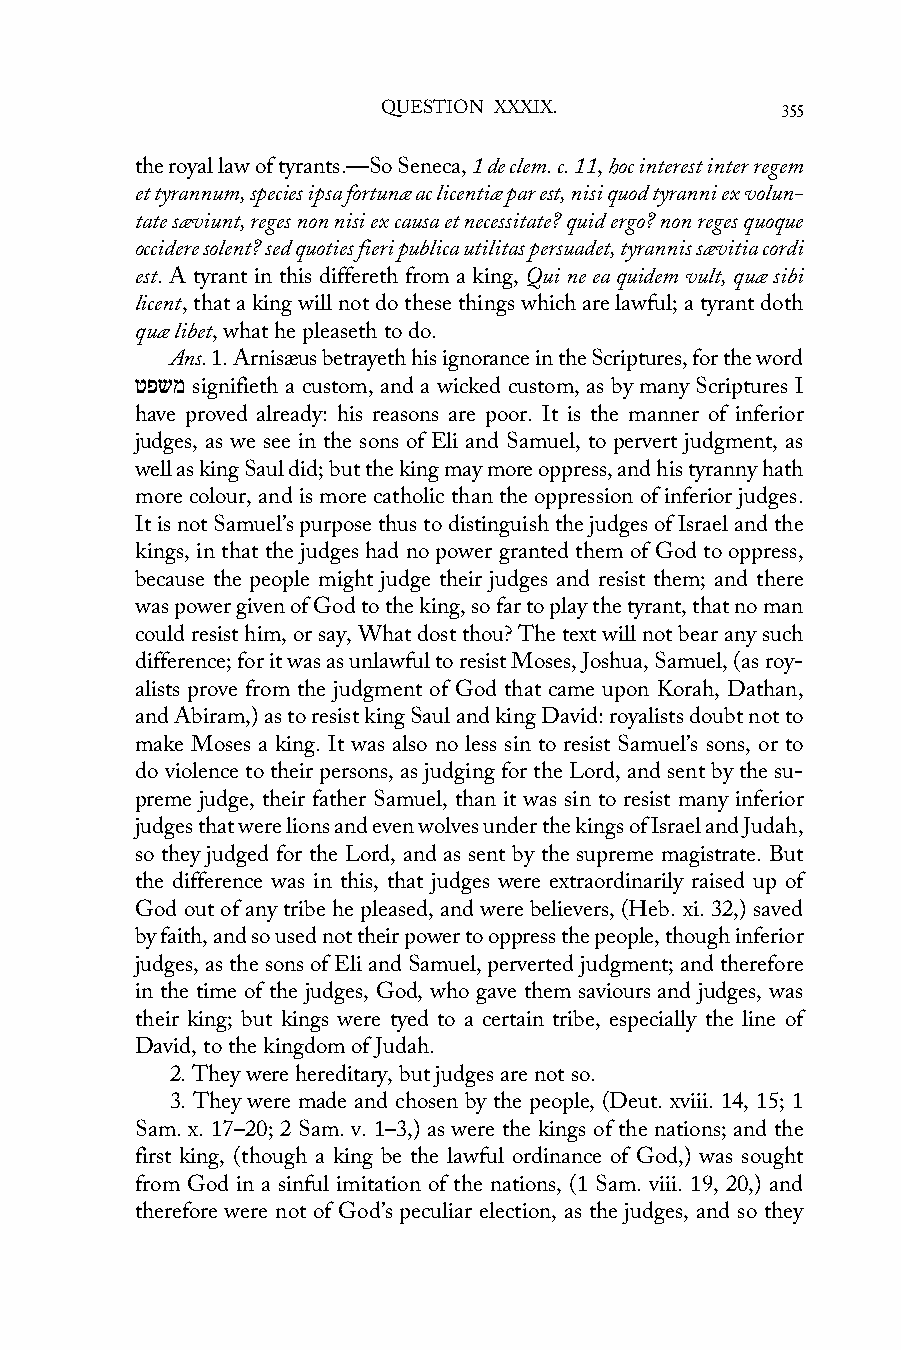
QUESTION XXXIX.            355
 the royal law of tyrants.—So Seneca, 1 de clem. c. 11, hoc interest inter regem
 et tyrannum, species ipsa fortunæ ac licentiæ par est, nisi quod tyranni ex volun-
 tate sæviunt, reges non nisi ex causa et necessitate? quid ergo? non reges quoque
 occidere solent? sed quoties fieri publica utilitas persuadet, tyrannis sævitia cordi
 est. A tyrant in this differeth from a king, Qui ne ea quidem vult, quæ sibi
 licent, that a king will not do these things which are lawful; a tyrant doth
 quæ libet, what he pleaseth to do.
 Ans. 1. Arnisæus betrayeth his ignorance in the Scriptures, for the word
 טפשמ signifieth a custom, and a wicked custom, as by many Scriptures I
 have proved already: his reasons are poor. It is the manner of inferior
 judges, as we see in the sons of Eli and Samuel, to pervert judgment, as
 well as king Saul did; but the king may more oppress, and his tyranny hath
 more colour, and is more catholic than the oppression of inferior judges.
 It is not Samuel’s purpose thus to distinguish the judges of Israel and the
 kings, in that the judges had no power granted them of God to oppress,
 because the people might judge their judges and resist them; and there
 was power given of God to the king, so far to play the tyrant, that no man
 could resist him, or say, What dost thou? The text will not bear any such
 difference; for it was as unlawful to resist Moses, Joshua, Samuel, (as roy-
 alists prove from the judgment of God that came upon Korah, Dathan,
 and Abiram,) as to resist king Saul and king David: royalists doubt not to
 make Moses a king. It was also no less sin to resist Samuel’s sons, or to
 do violence to their persons, as judging for the Lord, and sent by the su-
 preme judge, their father Samuel, than it was sin to resist many inferior
 judges that were lions and even wolves under the kings of Israel and Judah,
 so they judged for the Lord, and as sent by the supreme magistrate. But
 the difference was in this, that judges were extraordinarily raised up of
 God out of any tribe he pleased, and were believers, (Heb. xi. 32,) saved
 by faith, and so used not their power to oppress the people, though inferior
 judges, as the sons of Eli and Samuel, perverted judgment; and therefore
 in the time of the judges, God, who gave them saviours and judges, was
 their king; but kings were tyed to a certain tribe, especially the line of
 David, to the kingdom of Judah.
 2. They were hereditary, but judges are not so.
 3. They were made and chosen by the people, (Deut. xviii. 14, 15; 1
 Sam. x. 17–20; 2 Sam. v. 1–3,) as were the kings of the nations; and the
 first king, (though a king be the lawful ordinance of God,) was sought
 from God in a sinful imitation of the nations, (1 Sam. viii. 19, 20,) and
 therefore were not of God’s peculiar election, as the judges, and so they